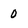
Character: 0